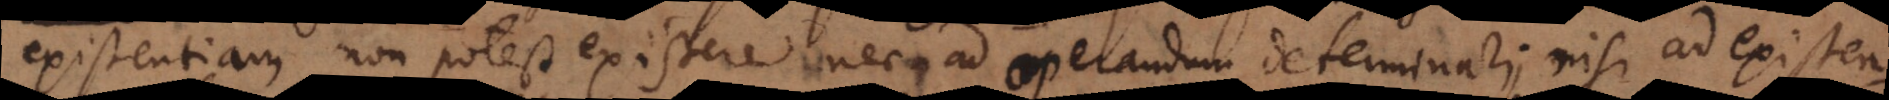
existentiam non potest existere nec ad operandum determinari, nisi ad existen